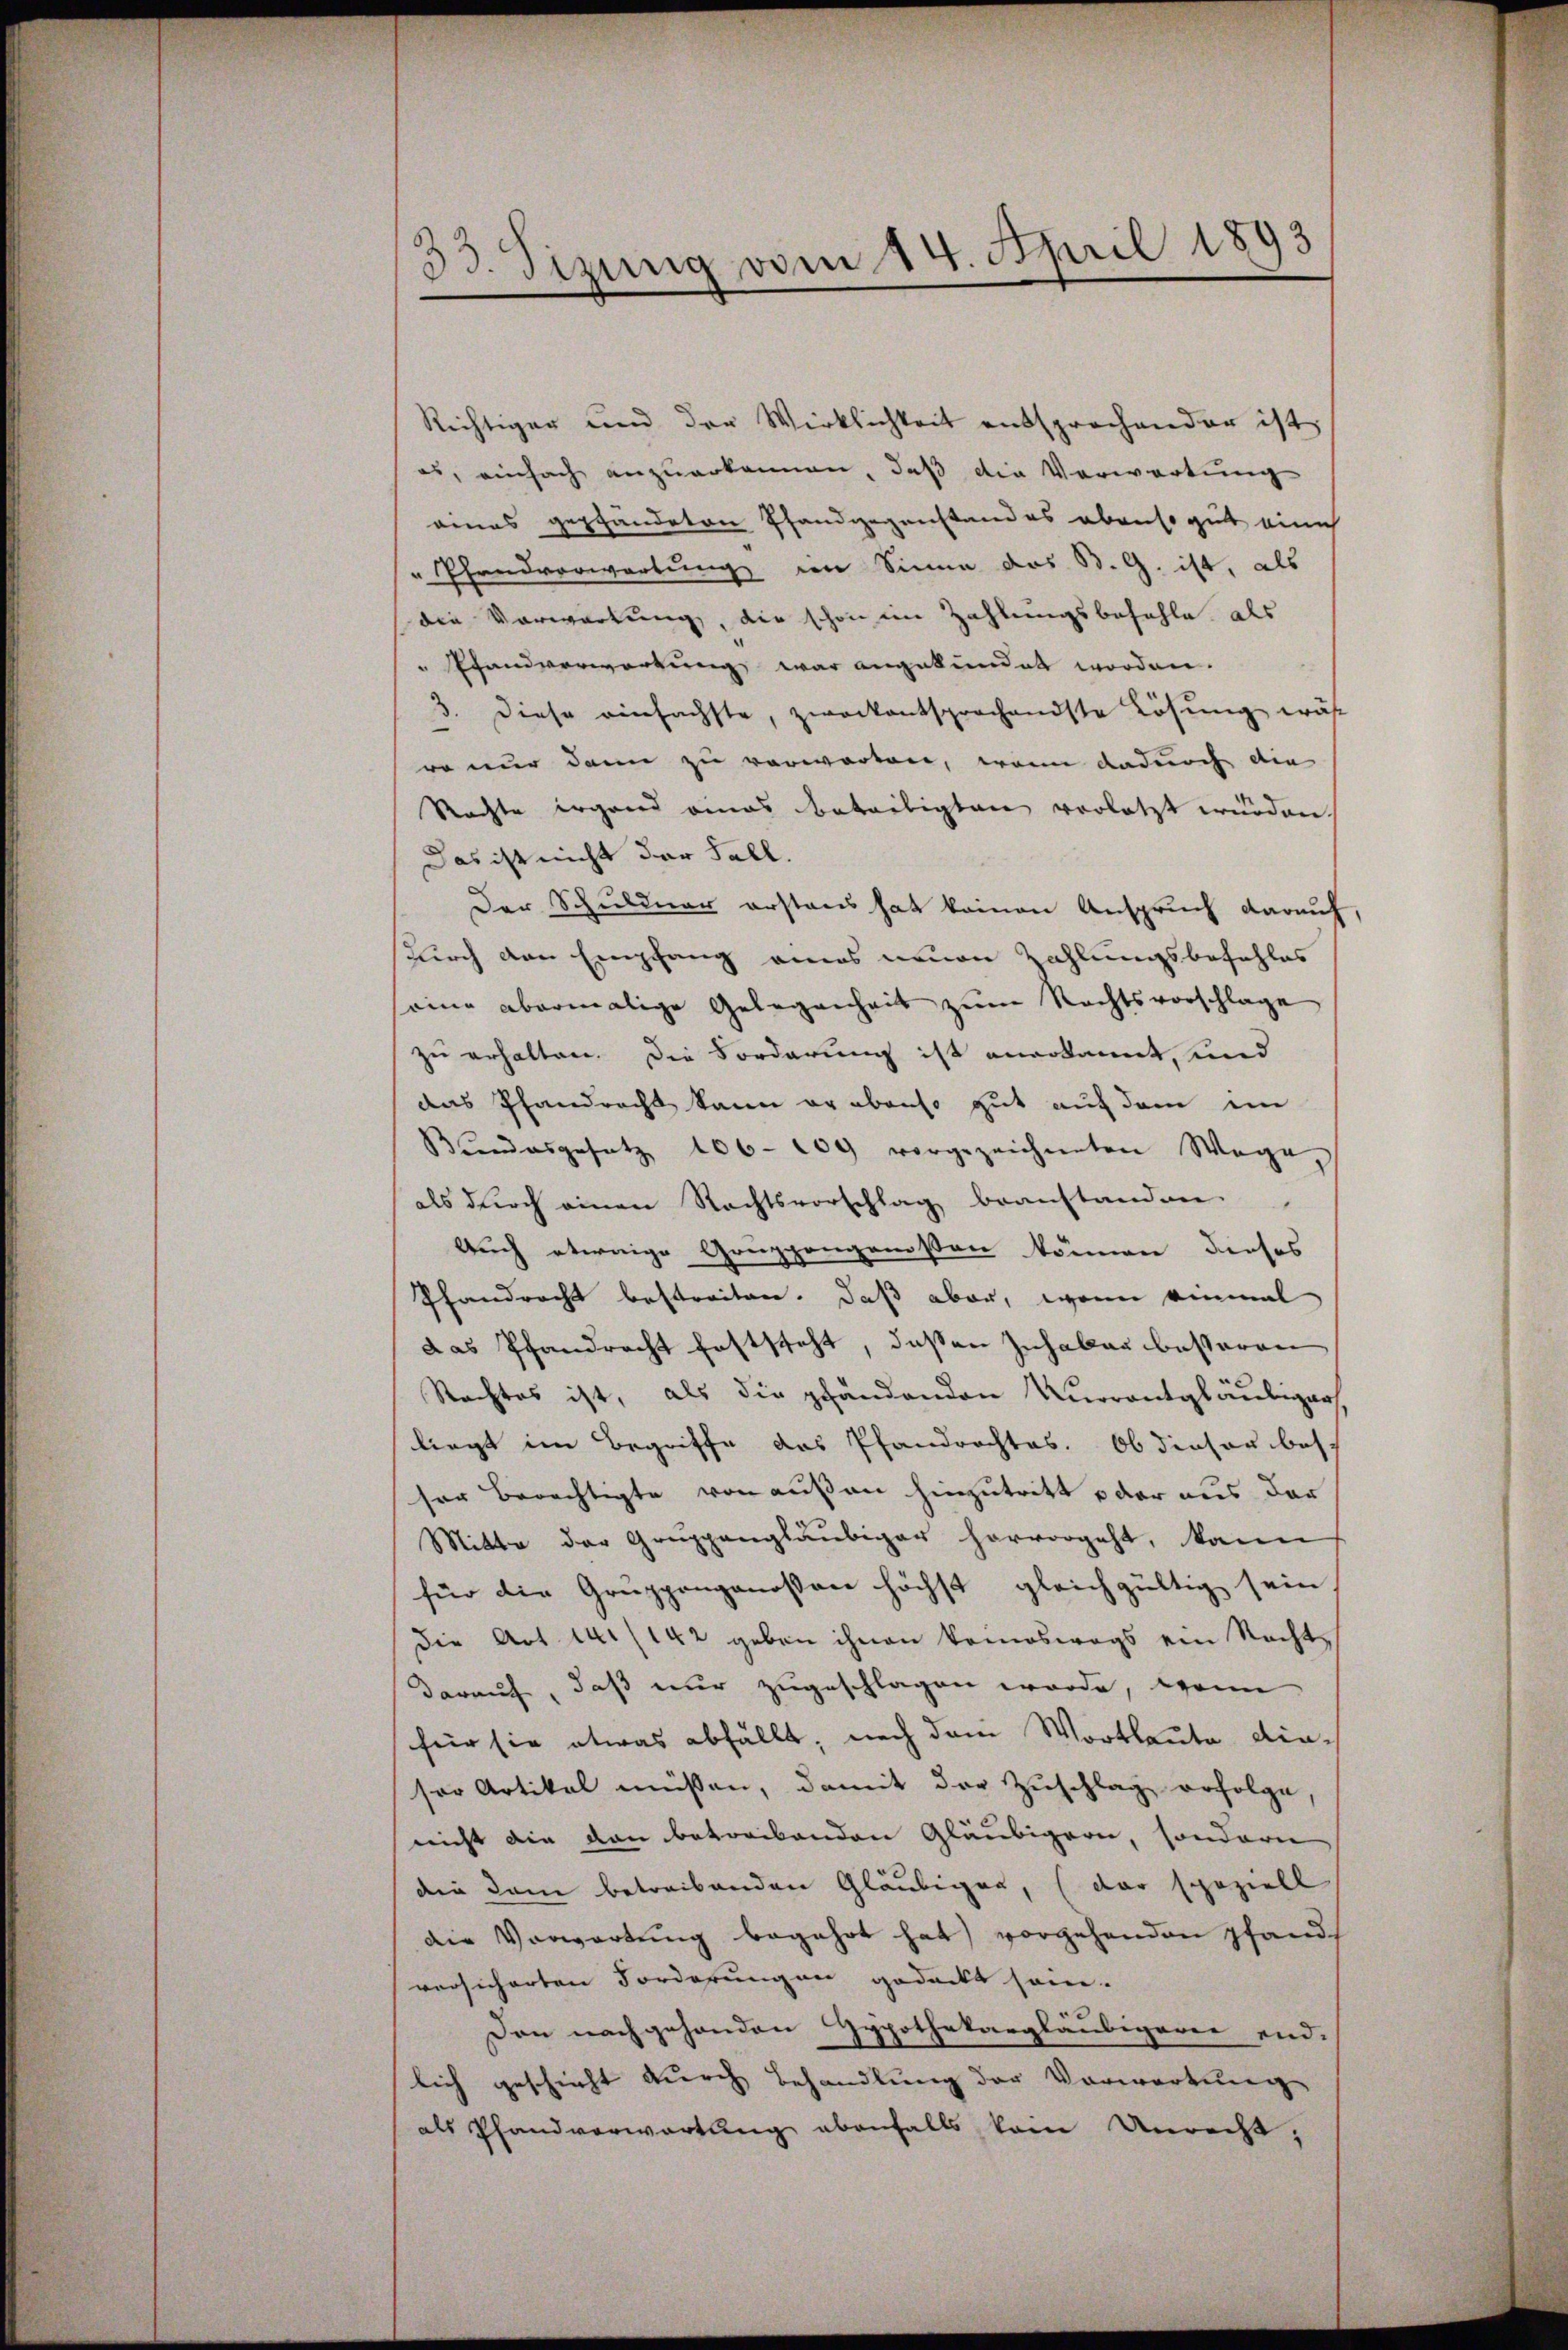
33. Sizung vom 14. April 1893

Richtiger und der Wirklichkeit entsprochender ist
es, einfach anzuerkannen, daß die Verwartung
eines gepfandeten Pfandgegenstand es ebenso gut eine
" Pfandvorwartung von Sinne das St. G. ist, als
die Vorwartung, die schon im Zahlungsbefehle, als
" fandverwortung war angekündet worden.
3. Diese einfachste, zweckentsprochendste Lösung wäh
ro nur dann zu verwarten, wenn dadurch die
Rechte irgend eines beseitigten verletzt würden.
Das ist nicht der Fall.
Der Schuldner erstens hat keinen Anspruch darauf,
durch den Empfang eines neuen Zahlungsbefehles
eine abermalige Gelegenheit zum Rechtsvorschlage
zu erhalten. Die Forderung ist anerkannt, und
das Pfandrecht kann er ebenso gut auf dem im
Bundesgesetz 106. 209 vorgezeichneten Wege,
als durch einen Rechtsvorschlag beanstanden.
Auch etwaige Gonzgangenossen können dieses
Pfandrecht bestreiten. Daß aber, wenn einmal
das Pfandrecht feststeht, deßen Inhaben besseren
Rechtes ist, als die pfändenden Kurrontgläubiger
liegt im Begriffe das Pfandrechtes. Ob dieser besc
ser berechtigte von außen hinzutritt der aus der
Mitte der Gruppengläubiger hervorgeht, kann
für die Gruppengenossen höchst gleichgültig sein
die Art. 14./142 geben ihnen komoswegs ein Recht-
darauf, daß nur zugeschlagen wurde, wenn
für sie etwas abfällt, nach dem Wortlaute dieser Artikel müssen, damit der Zuschlag erfolge,
nicht die den betreibenden Gläubigern, sondern
din dem betreibenden Gläubiger, (der speziell
die Verwartung begehrt hat) vorgehenden Pfands
versicherten Forderungen gedeckt sei.
Den nachgehenden Hypothekargläubigerer end-
lich geschieht durch Behandlung der Vorwartung
als Pfandvorwartung ebenfalls kein Unrecht;